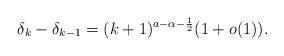
LaTeX: \begin{align*}\delta_k - \delta_{k-1}= (k+1)^{a-\alpha-\frac{1}{2}} ( 1 +o(1)).\end{align*}